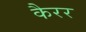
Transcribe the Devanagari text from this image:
कैरर